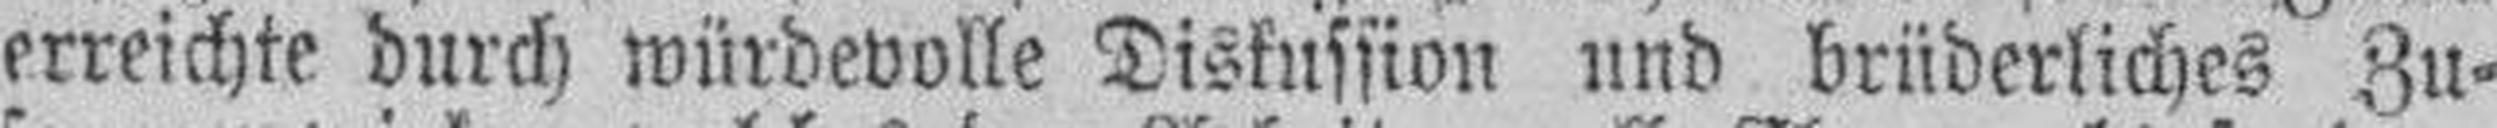
erreichte durch würdevolle Diskussion und brüderliches Zu¬